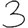
Digit: 3